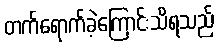
တက်ရောက်ခဲ့ကြောင်းသိရသည်